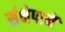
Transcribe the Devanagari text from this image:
संक्षेपानें